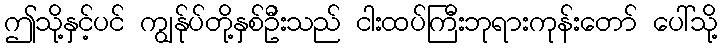
ဤသို့နှင့်ပင် ကျွန်ုပ်တို့နှစ်ဦးသည် ငါးထပ်ကြီးဘုရားကုန်းတော် ပေါ်သို့